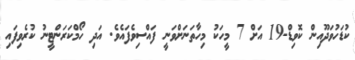
ކުޑަހުވަދޫއިން ކޮވިޑް-19 އަށް 7 މީހަކު މިހާތަނަށްވަނީ ފައްސިވެފައެވެ. އަދި ހޯމްކަރަންޓީނު ކުރެވިފައި